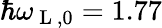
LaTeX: \hbar\omega_{\mathrm{~L~},0}=1.77